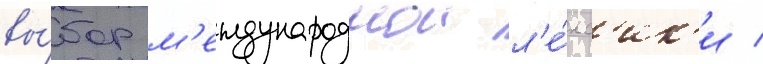
вы́бор м'еждународнои л'е́кс'ик'и /